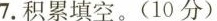
7.积累填空。(10分)